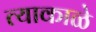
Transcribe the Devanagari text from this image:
त्याकाळे